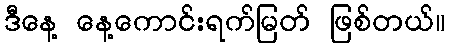
ဒီနေ့ နေ့ကောင်းရက်မြတ် ဖြစ်တယ်။